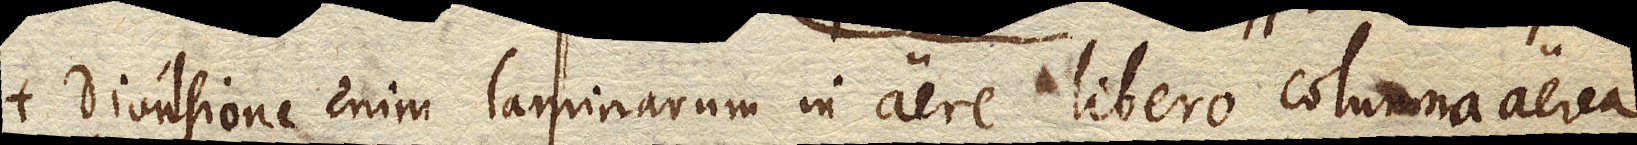
Divulsione enim laminarum in aere libero columna aerea